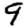
Digit: 9